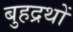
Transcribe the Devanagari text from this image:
बुहद्रथों